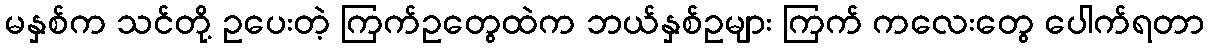
မနှစ်က သင်တို့ ဥပေးတဲ့ ကြက်ဥတွေထဲက ဘယ်နှစ်ဥများ ကြက် ကလေးတွေ ပေါက်ရတာ